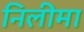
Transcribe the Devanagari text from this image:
निलीमा